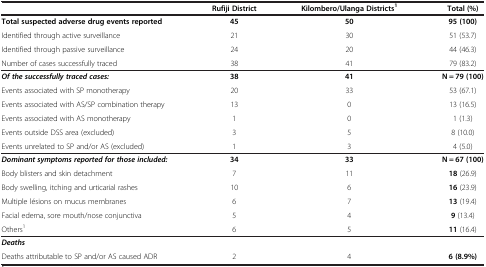
|  | Rufiji District | Kilombero/Ulanga Districts1 | Total (%) |
 | --- | --- | --- | --- |
 | Total suspected adverse drug events reported | 45 | 50 | 95 (100) |
 | Identified through active surveillance | 21 | 30 | 51 (53.7) |
 | Identified through passive surveillance | 24 | 20 | 44 (46.3) |
 | Number of cases successfully traced | 38 | 41 | 79 (83.2) |
 | Of the successfully traced cases: | 38 | 41 | N = 79 (100) |
 | Events associated with SP monotherapy | 20 | 33 | 53 (67.1) |
 | Events associated with AS/SP combination therapy | 13 | 0 | 13 (16.5) |
 | Events associated with AS monotherapy | 1 | 0 | 1 (1.3) |
 | Events outside DSS area (excluded) | 3 | 5 | 8 (10.0) |
 | Events unrelated to SP and/or AS (excluded) | 1 | 3 | 4 (5.0) |
 | Dominant symptoms reported for those included: | 34 | 33 | N = 67 (100) |
 | Body blisters and skin detachment | 7 | 11 | 18 (26.9) |
 | Body swelling, itching and urticarial rashes | 10 | 6 | 16 (23.9) |
 | Multiple lésions on mucus membranes | 6 | 7 | 13 (19.4) |
 | Facial edema, sore mouth/nose conjunctiva | 5 | 4 | 9 (13.4) |
 | Others1 | 6 | 5 | 11 (16.4) |
 | <COLSPAN=4> Deaths |
 | Deaths attributable to SP and/or AS caused ADR | 2 | 4 | 6 (8.9%) |